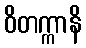
ဝိတက္ကာနိ